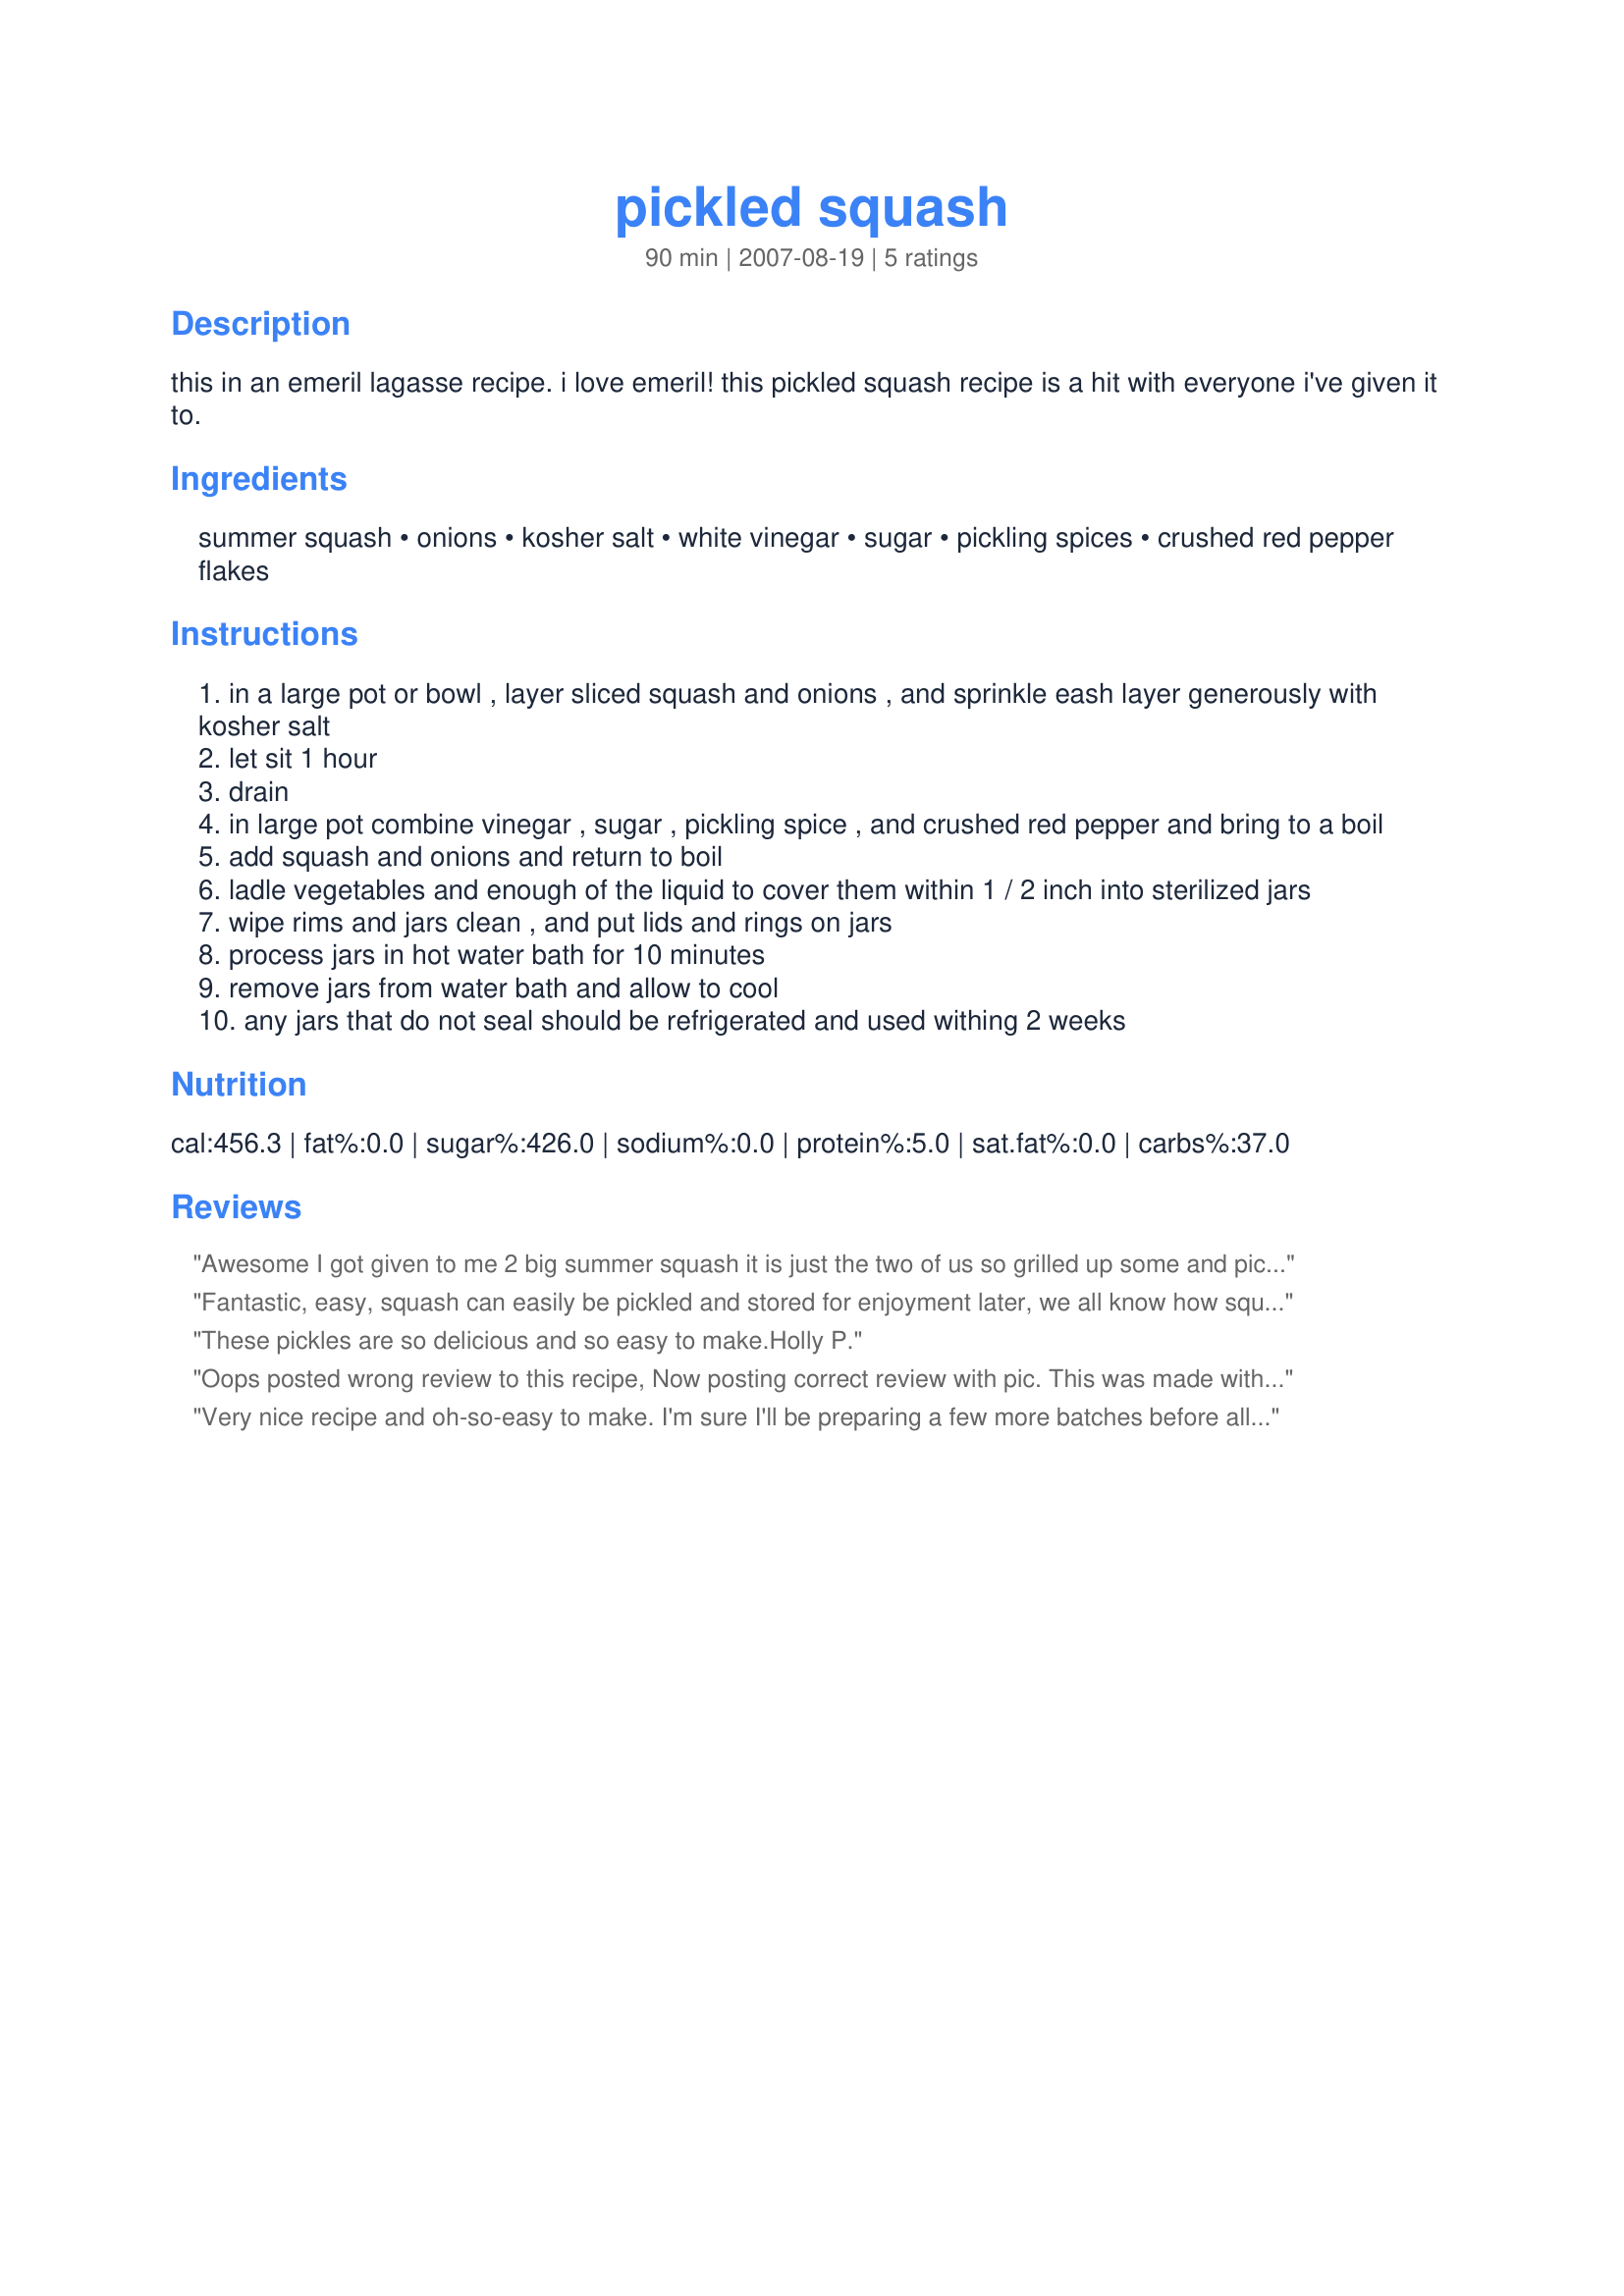
pickled squash
Preparation time: 90 minutes

this in an emeril lagasse recipe. i love emeril! this pickled squash recipe is a hit with everyone i've given it to.

Ingredients:
summer squash, onions, kosher salt, white vinegar, sugar, pickling spices, crushed red pepper flakes

Steps:
in a large pot or bowl , layer sliced squash and onions , and sprinkle eash layer generously with kosher salt
let sit 1 hour
drain
in large pot combine vinegar , sugar , pickling spice , and crushed red pepper and bring to a boil
add squash and onions and return to boil
ladle vegetables and enough of the liquid to cover them within 1 / 2 inch into sterilized jars
wipe rims and jars clean , and put lids and rings on jars
process jars in hot water bath for 10 minutes
remove jars from water bath and allow to cool
any jars that do not seal should be refrigerated and used withing 2 weeks

Reviews:
Awesome I got given to me 2 big summer squash it is just the two of us so grilled up some and pickled the rest thank you for this great recipe!
Fantastic, easy, squash can easily be pickled and stored for enjoyment later, we all know how squash come on FAST. I used Ball bread and butter pickling mix for the pickling spices. Thank you. Helen
These pickles are so delicious and so easy to make.<br/>Holly P.
Oops posted wrong review to this recipe, Now posting correct review with pic.

This was made with scalloped squash, Darned plant got away from me...who knew one plant could produce soooo much squash!!!

This is a nice and easy recipe, with a taste much like Bread and Butter Pickles. Thank You for a wonderful recipe.
Very nice recipe and oh-so-easy to make. I'm sure I'll be preparing a few more batches before all is said and done. Wonderful way to preserve all of those zukes that seem to appear out of nowhere in the garden! Thanks for posting.
